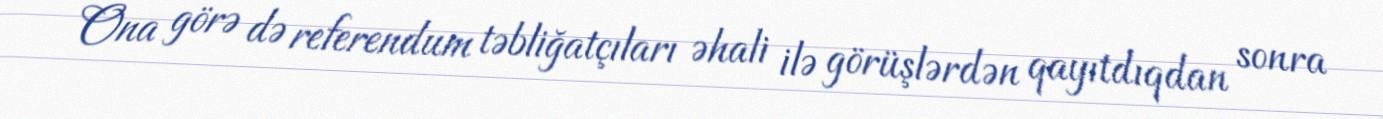
Ona görə də referendum təbliğatçıları əhali ilə görüşlərdən qayıtdıqdan sonra